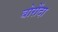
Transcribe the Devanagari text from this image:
बोरोंदा